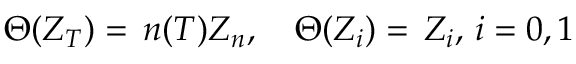
\Theta ( Z _ { T } ) = \, n ( T ) Z _ { n } , \quad \Theta ( Z _ { i } ) = \, Z _ { i } , \, i = 0 , 1